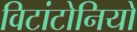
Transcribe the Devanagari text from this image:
विटांटोनियो